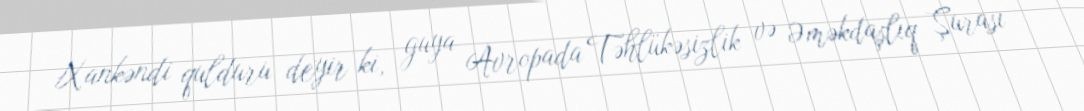
Xankəndi qulduru deyir ki, guya Avropada Təhlükəsizlik və Əməkdaşlıq Şurası